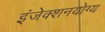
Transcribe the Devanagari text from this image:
इंजेक्शनयोग्य